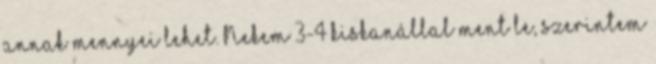
annak mennyei lehet. Nekem 3-4 kiskanállal ment le, szerintem